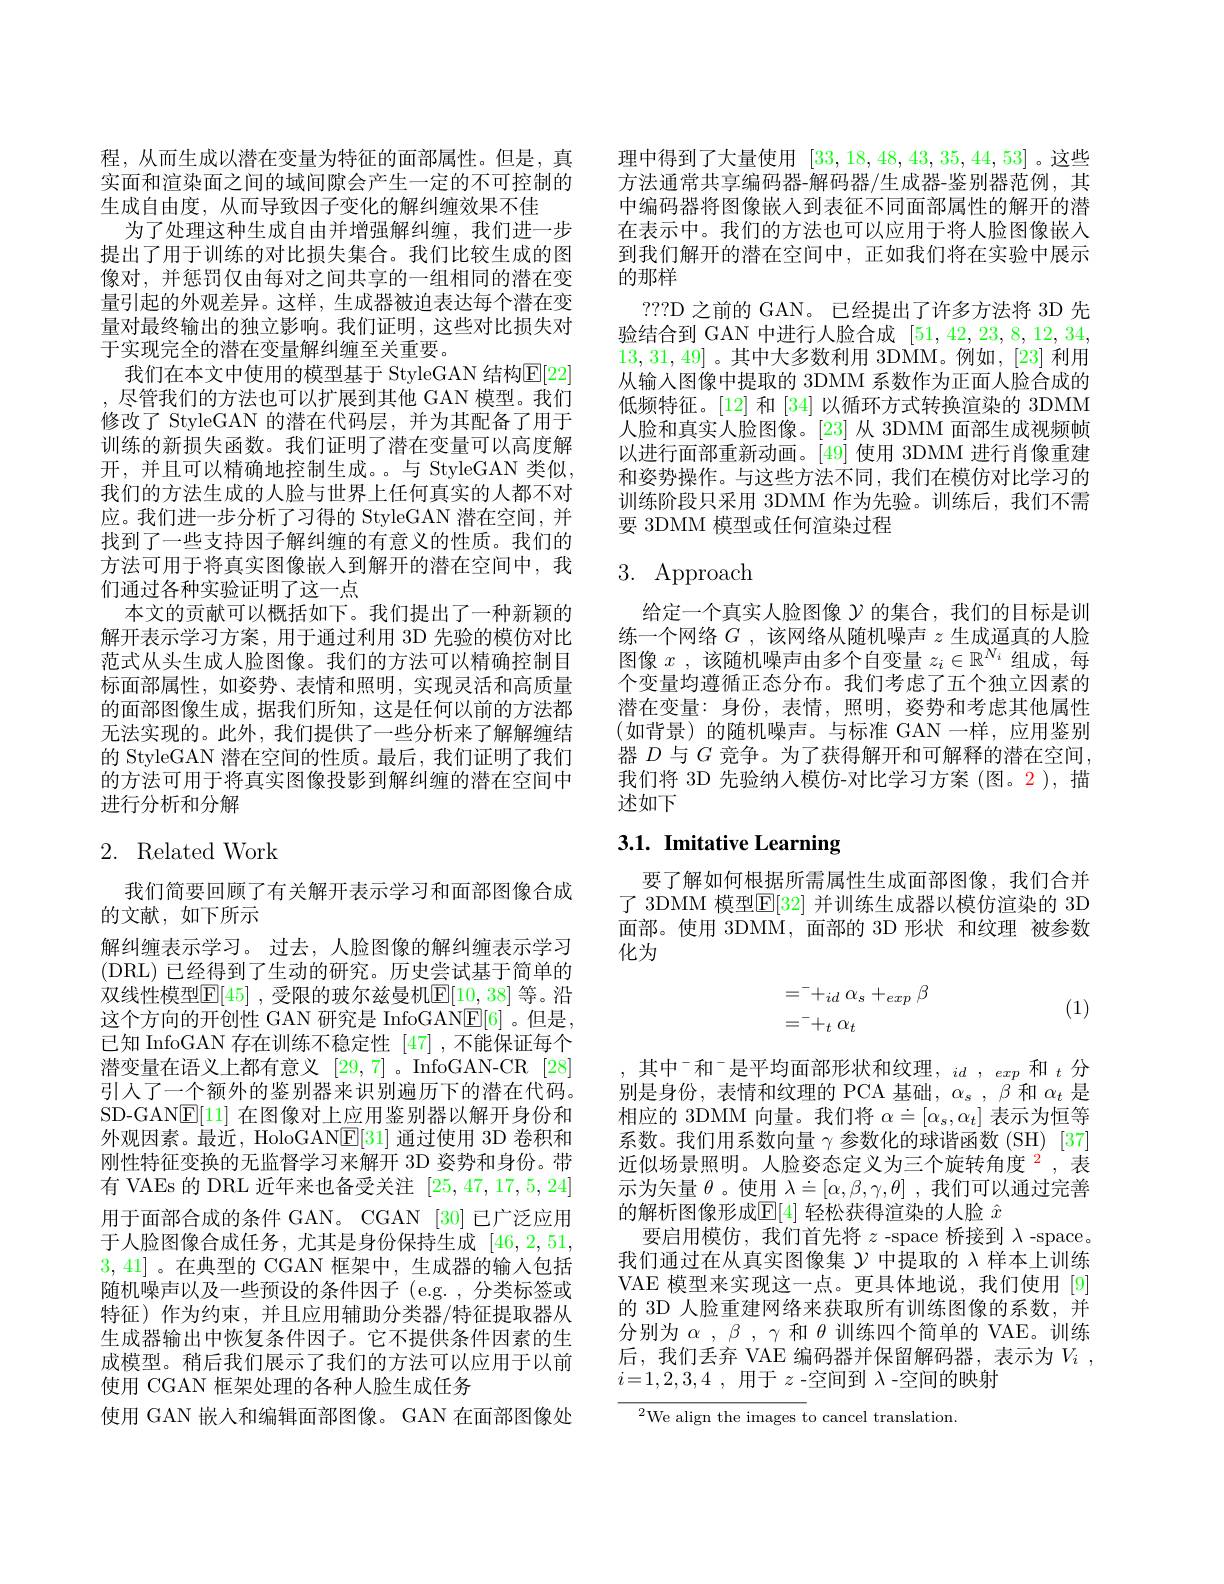
程，从而生成以潜在变量为特征的面部属性。但是，真实面和渲染面之间的域间隙会产生一定的不可控制的生成自由度，从而导致因子变化的解纠缠效果不佳
为了处理这种生成自由并增强解纠缠，我们进一步提出了用于训练的对比损失集合。我们比较生成的图像对，并惩罚仅由每对之间共享的一组相同的潜在变量引起的外观差异。这样，生成器被迫表达每个潜在变量对最终输出的独立影响。我们证明，这些对比损失对于实现完全的潜在变量解纠缠至关重要。
我们在本文中使用的模型基于 StyleGAN 结构$\mathbb{E}[22]$ ,尽管我们的方法也可以扩展到其他 GAN 模型。我们修改了 StyleGAN 的潜在代码层，并为其配备了用于训练的新损失函数。我们证明了潜在变量可以高度解开，并且可以精确地控制生成。与 StyleGAN 类似， 我们的方法生成的人脸与世界上任何真实的人都不对应。我们进一步分析了习得的 StyleGAN 潜在空间，并找到了一些支持因子解纠缠的有意义的性质。我们的方法可用于将真实图像嵌人到解开的潜在空间中，我们通过各种实验证明了这一点
本文的贡献可以概括如下。我们提出了一种新颖的解开表示学习方案，用于通过利用 3D 先验的模仿对比范式从头生成人脸图像。我们的方法可以精确控制目标面部属性，如姿势、表情和照明，实现灵活和高质量的面部图像生成，据我们所知，这是任何以前的方法都无法实现的。此外，我们提供了一些分析来了解解缠结的 StyleGAN 潜在空间的性质。最后，我们证明了我们的方法可用于将真实图像投影到解纠缠的潜在空间中进行分析和分解

## 2. Related Work

我们简要回顾了有关解开表示学习和面部图像合成
的文献，如下所示
解纠缠表示学习。过去，人脸图像的解纠缠表示学习(DRL)已经得到了生动的研究。历史尝试基于简单的双线性模型$\mathbb{E}[45]$ ,受限的玻尔兹曼机$\mathbb{E}[10,38]$ 等。沿这个方向的开创性 GAN 研究是 InfoGANE[6] 。但是， 已知 InfoGAN 存在训练不稳定性 [47] ,不能保证每个潜变量在语义上都有意义[29,7] 。InfoGAN-CR [28] 引入了一个额外的鉴别器来识别遍历下的潜在代码。SD-GAN$\underline{\mathrm{E}}[11]$在图像对上应用鉴别器以解开身份和外观因素。最近，HoloGANE[31]通过使用 3D 卷积和刚性特征变换的无监督学习来解开 3D 姿势和身份。带有 VAEs 的 DRL 近年来也备受关注[25,47,17,5,24] 用于面部合成的条件 GAN。CGAN [30] 已广泛应用于人脸图像合成任务，尤其是身份保持生成[46,2,51, 3,41]。在典型的 CGAN 框架中，生成器的输入包括随机噪声以及一些预设的条件因子 (e.g.,分类标签或特征)作为约束，并且应用辅助分类器/特征提取器从生成器输出中恢复条件因子。它不提供条件因素的生成模型。稍后我们展示了我们的方法可以应用于以前使用 CGAN 框架处理的各种人脸生成任务
使用 GAN 嵌人和编辑面部图像。GAN 在面部图像处

理中得到了大量使用[33,18,48,43,35,44,53]。这些方法通常共享编码器-解码器/生成器-鉴别器范例，其中编码器将图像嵌入到表征不同面部属性的解开的潜在表示中。我们的方法也可以应用于将人脸图像嵌入到我们解开的潜在空间中，正如我们将在实验中展示的那样
???D 之前的 GAN。已经提出了许多方法将 3D 先验结合到 GAN 中进行人脸合成[51,42,23,8,12,34, 13,31,49]。其中大多数利用 3DMM。例如，[23] 利用从输入图像中提取的 3DMM 系数作为正面人脸合成的低频特征。[12] 和 [34] 以循环方式转换渲染的 3DMM 人脸和真实人脸图像。[23] 从 3DMM 面部生成视频帧以进行面部重新动画。[49] 使用 3DMM 进行肖像重建和姿势操作。与这些方法不同，我们在模仿对比学习的训练阶段只采用 3DMM 作为先验。训练后，我们不需要 3DMM 模型或任何渲染过程

# 3. Approach

给定一个真实人脸图像$\mathcal{Y}$的集合，我们的目标是训练一个网络$G$ ,该网络从随机噪声$z$生成逼真的人脸图像$x$ ,该随机噪声由多个自变量$z_i\in\mathbb{R}^N_i$组成，每个变量均遵循正态分布。我们考虑了五个独立因素的潜在变量：身份，表情，照明，姿势和考虑其他属性(如背景)的随机噪声。与标准 GAN 一样，应用鉴别器$D$与$G$竞争。为了获得解开和可解释的潜在空间， 我们将 3D 先验纳人模仿-对比学习方案 (图。2),描述如下

## 3.1. Imitative Learning

要了解如何根据所需属性生成面部图像，我们合并了 3DMM 模型$\mathbb{E}[32]$ 并训练生成器以模仿渲染的 3D 面部。使用 3DMM,面部的 3D 形状 和纹理 被参数化为

(1)
$$\begin{aligned}&=^-+_{id}\alpha_s+_{exp}\beta\\&=^-+_t\alpha_t\end{aligned}$$
其中$^-$和$^-$是平均面部形状和纹理$,id,exp$和$_t$分别是身份，表情和纹理的 PCA 基础，$\alpha_s,\beta$和$\alpha_t$是相应的 3DMM 向量。我们将$\alpha\doteq[\alpha_s,\alpha_t]$表示为恒等系数。我们用系数向量$\gamma$参数化的球谐函数(SH)[37] 近似场景照明。人脸姿态定义为三个旋转角度$^{2}$,表示为矢量$\theta$。使用$\lambda\doteq[\alpha,\beta,\gamma,\theta]$ ,我们可以通过完善的解析图像形成$\mathbb{E}[4]$ 轻松获得渲染的人脸 $\hat{x}$
要启用模仿，我们首先将$z$ -space 桥接到$\lambda$ -space。我们通过在从真实图像集$\mathcal{Y}$中提取的 λ样本上训练VAE 模型来实现这一点。更具体地说，我们使用[9] 的 3D 人脸重建网络来获取所有训练图像的系数，并分别为$\alpha$ , $\beta$ , $\gamma$和$\theta$训练四个简单的 VAE。训练后，我们丢弃 VAE 编码器并保留解码器，表示为$V_i$ , $i= 1, 2, 3, 4$ , 用于 $z$ -空间到 $\lambda$ -空间的映射

$^{2}$We align the images to cancel translation